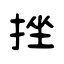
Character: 挫